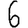
Digit: 6